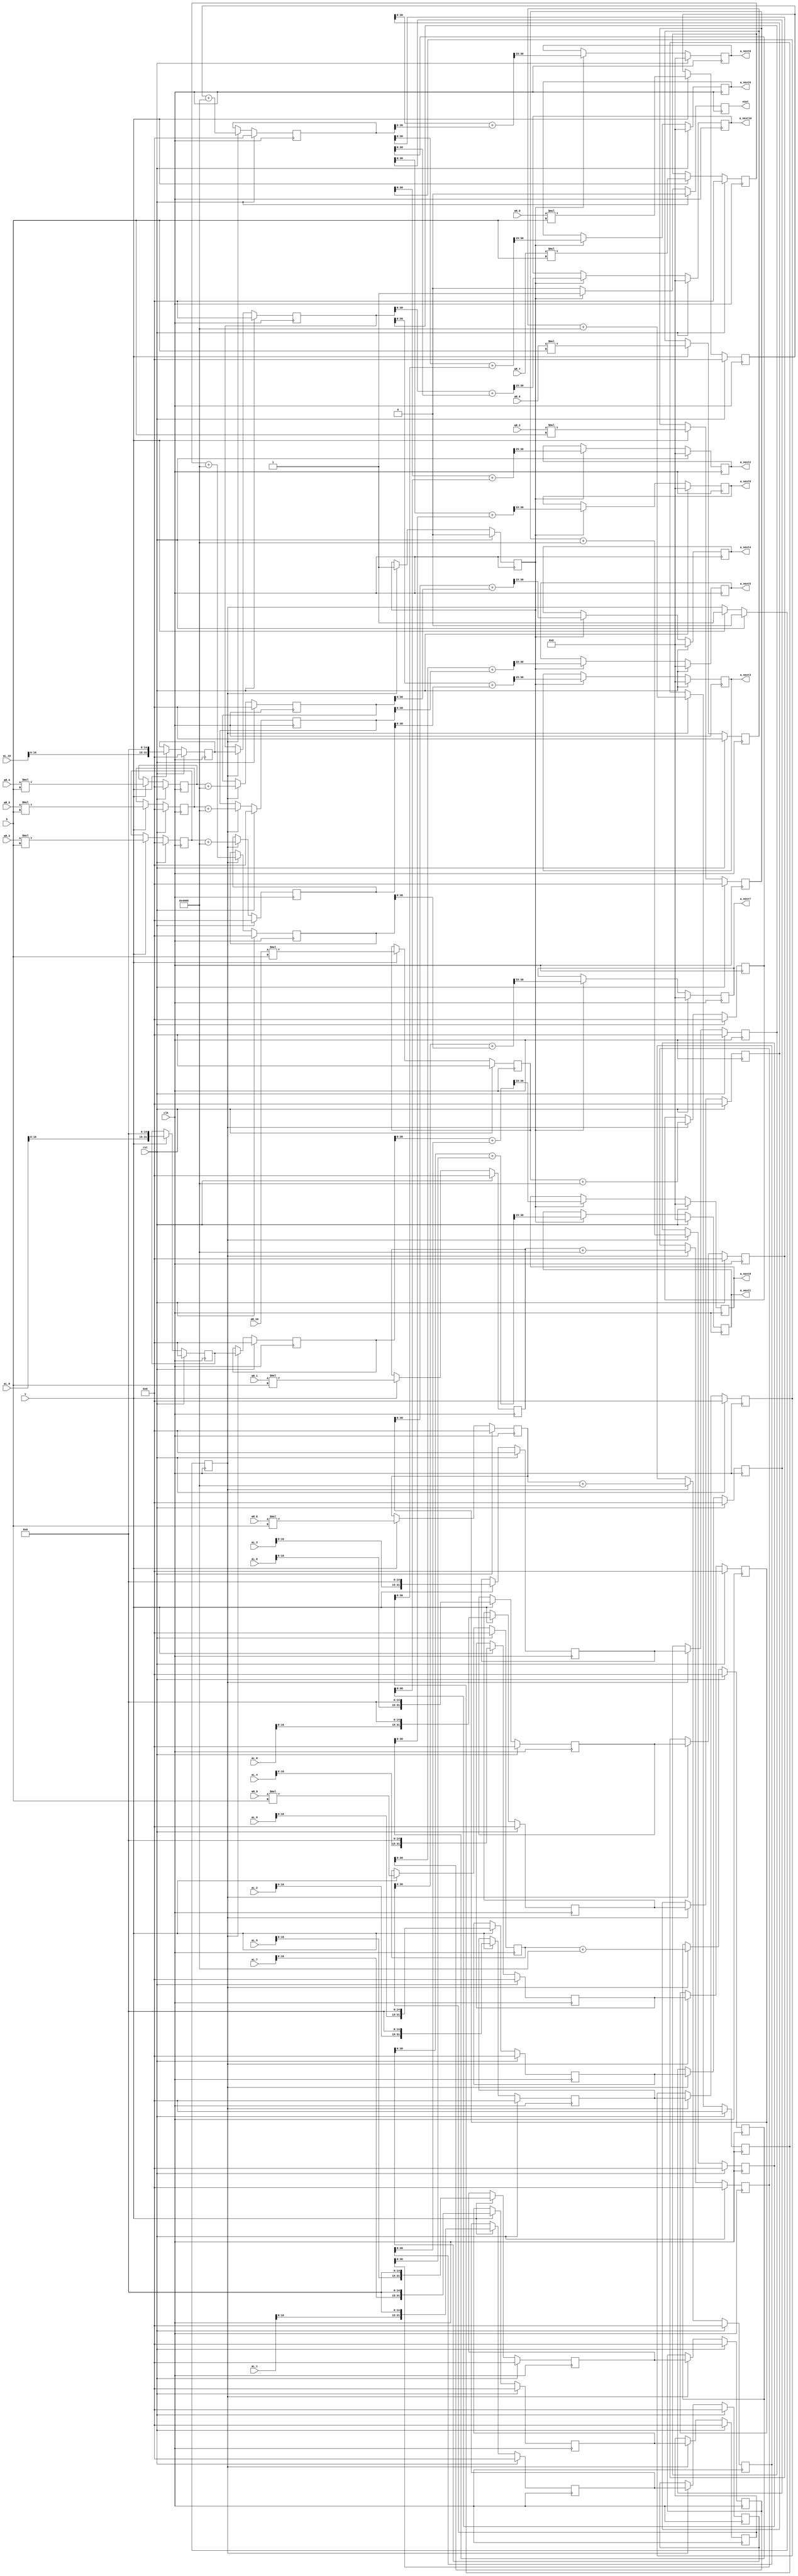
`timescale 1ns/1ns 

module coeff_update(input wire signed [31:0] aL_0,
					input wire signed [31:0] aL_1,
					input wire signed [31:0] aL_2,
					input wire signed [31:0] aL_3,
					input wire signed [31:0] aL_4,
					input wire signed [31:0] aL_5,
					input wire signed [31:0] aL_6,
					input wire signed [31:0] aL_7,
					input wire signed [31:0] aL_8,
					input wire signed [31:0] aL_9,
					input wire signed [31:0] aL_10,
					input wire signed [31:0] aR_0,
					input wire signed [31:0] aR_1,
					input wire signed [31:0] aR_2,
					input wire signed [31:0] aR_3,
					input wire signed [31:0] aR_4,
					input wire signed [31:0] aR_5,
					input wire signed [31:0] aR_6,
					input wire signed [31:0] aR_7,
					input wire signed [31:0] aR_8,
					input wire signed [31:0] aR_9,
					input wire signed [31:0] aR_10,
					input wire signed [15:0] k,
					input wire 				 v,
					input wire 				clk,
					input wire 				rst,
					output reg signed [15:0] a_next0,
					output reg signed [15:0] a_next1,
					output reg signed [15:0] a_next2,
					output reg signed [15:0] a_next3,
					output reg signed [15:0] a_next4,
					output reg signed [15:0] a_next5,
					output reg signed [15:0] a_next6,
					output reg signed [15:0] a_next7,
					output reg signed [15:0] a_next8,
					output reg signed [15:0] a_next9,
					output reg signed [15:0] a_next10,
					output reg 				 vout);
		
		reg signed [31:0] aL_0_tmp1, aL_0_tmp2;		
		reg signed [31:0] aL_1_tmp1, aL_1_tmp2;
		reg signed [31:0] aL_2_tmp1, aL_2_tmp2;
		reg signed [31:0] aL_3_tmp1, aL_3_tmp2;
		reg signed [31:0] aL_4_tmp1, aL_4_tmp2;
		reg signed [31:0] aL_5_tmp1, aL_5_tmp2;
		reg signed [31:0] aL_6_tmp1, aL_6_tmp2;
		reg signed [31:0] aL_7_tmp1, aL_7_tmp2;
		reg signed [31:0] aL_8_tmp1, aL_8_tmp2;
		reg signed [31:0] aL_9_tmp1, aL_9_tmp2;
		reg signed [31:0] aL_10_tmp1, aL_10_tmp2;
		
		reg signed [31:0] aR_0_tmp1, aR_0_tmp2;
		reg signed [31:0] aR_1_tmp1, aR_1_tmp2;
		reg signed [31:0] aR_2_tmp1, aR_2_tmp2;
		reg signed [31:0] aR_3_tmp1, aR_3_tmp2;
		reg signed [31:0] aR_4_tmp1, aR_4_tmp2;
		reg signed [31:0] aR_5_tmp1, aR_5_tmp2;
		reg signed [31:0] aR_6_tmp1, aR_6_tmp2;
		reg signed [31:0] aR_7_tmp1, aR_7_tmp2;
		reg signed [31:0] aR_8_tmp1, aR_8_tmp2;
		reg signed [31:0] aR_9_tmp1, aR_9_tmp2;
		reg signed [31:0] aR_10_tmp1, aR_10_tmp2;
		
		reg v1, v2;
		
		always @(posedge clk)
		begin
			if (rst)
			begin
				aL_0_tmp1 <= 0;
				aL_0_tmp2 <= 0;
				
				aL_1_tmp1 <= 0;
				aL_1_tmp2 <= 0;
				
				aL_2_tmp1 <= 0;
				aL_2_tmp2 <= 0;
				
				aL_3_tmp1 <= 0;
				aL_3_tmp2 <= 0;
				
				aL_4_tmp1 <= 0;
				aL_4_tmp2 <= 0;
				
				aL_5_tmp1 <= 0;
				aL_5_tmp2 <= 0;
				
				aL_6_tmp1 <= 0;
				aL_6_tmp2 <= 0;
				
				aL_7_tmp1 <= 0;
				aL_7_tmp2 <= 0;
				
				aL_8_tmp1 <= 0;
				aL_8_tmp2 <= 0;
				
				aL_9_tmp1 <= 0;
				aL_9_tmp2 <= 0;
				
				aL_10_tmp1 <= 0;
				aL_10_tmp2 <= 0;
				
				aR_0_tmp1 <= 0;
				aR_0_tmp2 <= 0;
				
				aR_1_tmp1 <= 0;
				aR_1_tmp2 <= 0;
				
				aR_2_tmp1 <= 0;
				aR_2_tmp2 <= 0;
				
				aR_3_tmp1 <= 0;
				aR_3_tmp2 <= 0;
				
				aR_4_tmp1 <= 0;
				aR_4_tmp2 <= 0;
				
				aR_5_tmp1 <= 0;
				aR_5_tmp2 <= 0;
				
				aR_6_tmp1 <= 0;
				aR_6_tmp2 <= 0;
				
				aR_7_tmp1 <= 0;
				aR_7_tmp2 <= 0;
				
				aR_8_tmp1 <= 0;
				aR_8_tmp2 <= 0;
				
				aR_9_tmp1 <= 0;
				aR_9_tmp2 <= 0;
				
				aR_10_tmp1 <= 0;
				aR_10_tmp2 <= 0;
				
				a_next0 <= 0;
				a_next1 <= 0;
				a_next2 <= 0;
				a_next3 <= 0;
				a_next4 <= 0;
				a_next5 <= 0;
				a_next6 <= 0;
				a_next7 <= 0;
				a_next8 <= 0;
				a_next9 <= 0;
				a_next10 <= 0;
				
				v1 <= 0;
				v2 <= 0;
				vout <= 0;
			end else
			begin
				if (v)
				begin
					aL_0_tmp1 <= aL_0 <<< 15;
					aL_1_tmp1 <= aL_1 <<< 15;
					aL_2_tmp1 <= aL_2 <<< 15;
					aL_3_tmp1 <= aL_3 <<< 15;
					aL_4_tmp1 <= aL_4 <<< 15;
					aL_5_tmp1 <= aL_5 <<< 15;
					aL_6_tmp1 <= aL_6 <<< 15;
					aL_7_tmp1 <= aL_7 <<< 15;
					aL_8_tmp1 <= aL_8 <<< 15;
					aL_9_tmp1 <= aL_9 <<< 15;
					aL_10_tmp1 <= aL_10 <<< 15;
					
					aR_0_tmp1 <= aR_0 * k;
					aR_1_tmp1 <= aR_1 * k;
					aR_2_tmp1 <= aR_2 * k;
					aR_3_tmp1 <= aR_3 * k;
					aR_4_tmp1 <= aR_4 * k;
					aR_5_tmp1 <= aR_5 * k;
					aR_6_tmp1 <= aR_6 * k;
					aR_7_tmp1 <= aR_7 * k;
					aR_8_tmp1 <= aR_8 * k;
					aR_9_tmp1 <= aR_9 * k;
					aR_10_tmp1 <= aR_10 * k;
					
					v1 <= v;
				end
				if (v1)
				begin
					aL_0_tmp2 <= aL_0_tmp1;
					aL_1_tmp2 <= aL_1_tmp1;
					aL_2_tmp2 <= aL_2_tmp1;
					aL_3_tmp2 <= aL_3_tmp1;
					aL_4_tmp2 <= aL_4_tmp1;
					aL_5_tmp2 <= aL_5_tmp1;
					aL_6_tmp2 <= aL_6_tmp1;
					aL_7_tmp2 <= aL_7_tmp1;
					aL_8_tmp2 <= aL_8_tmp1;
					aL_9_tmp2 <= aL_9_tmp1;
					aL_10_tmp2 <= aL_10_tmp1;
					
					aR_0_tmp2 <= aR_0_tmp1 + 16'h4000;
					aR_1_tmp2 <= aR_1_tmp1 + 16'h4000;
					aR_2_tmp2 <= aR_2_tmp1 + 16'h4000;
					aR_3_tmp2 <= aR_3_tmp1 + 16'h4000;
					aR_4_tmp2 <= aR_4_tmp1 + 16'h4000;
					aR_5_tmp2 <= aR_5_tmp1 + 16'h4000;
					aR_6_tmp2 <= aR_6_tmp1 + 16'h4000;
					aR_7_tmp2 <= aR_7_tmp1 + 16'h4000;
					aR_8_tmp2 <= aR_8_tmp1 + 16'h4000;
					aR_9_tmp2 <= aR_9_tmp1 + 16'h4000;
					aR_10_tmp2 <= aR_10_tmp1 + 16'h4000;
					
					v2 <= v1;
				end
				if (v2)
				begin
					a_next0 <= (aL_0_tmp2 + aR_0_tmp2) >>> 15;
					a_next1 <= (aL_1_tmp2 + aR_1_tmp2) >>> 15;
					a_next2 <= (aL_2_tmp2 + aR_2_tmp2) >>> 15;
					a_next3 <= (aL_3_tmp2 + aR_3_tmp2) >>> 15;
					a_next4 <= (aL_4_tmp2 + aR_4_tmp2) >>> 15;
					a_next5 <= (aL_5_tmp2 + aR_5_tmp2) >>> 15;
					a_next6 <= (aL_6_tmp2 + aR_6_tmp2) >>> 15;
					a_next7 <= (aL_7_tmp2 + aR_7_tmp2) >>> 15;
					a_next8 <= (aL_8_tmp2 + aR_8_tmp2) >>> 15;
					a_next9 <= (aL_9_tmp2 + aR_9_tmp2) >>> 15;
					a_next10 <= (aL_10_tmp2 + aR_10_tmp2) >>> 15;
					vout <= v2;
				end else
				begin
					vout <= 1'b0;
				end
			end
		end
endmodule